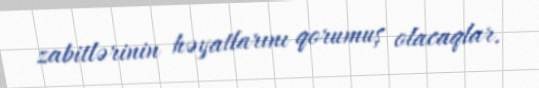
zabitlərinin həyatlarını qorumuş olacaqlar.